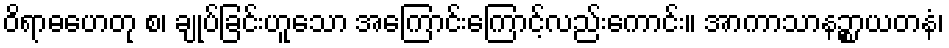
ဝိရာဓဟေတု စ၊ ချုပ်ခြင်းဟူသော အကြောင်းကြောင့်လည်းကောင်း။ အာကာသာနဉ္စာယတနံ၊